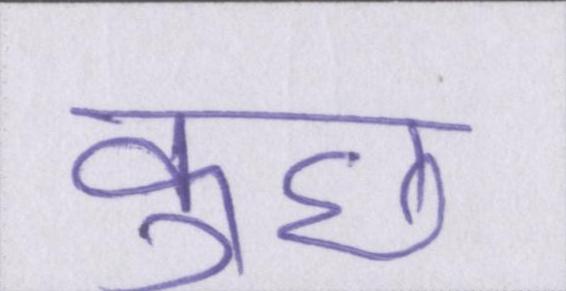
कुछ